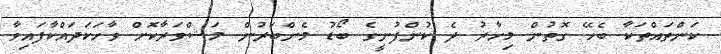
ކަންތައްތަކާ ބެހޭ ގޮތުން މިހާރު ދެ ކުންފުނީގެ ބޯޑު މެންބަރުން މަޝްވަރާކޮށް ވާހަކަދައްކާފައިވާ